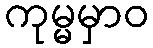
ကုမ္မမှာဝ